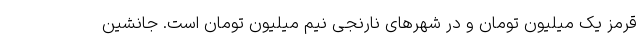
قرمز یک میلیون تومان و در شهرهای نارنجی نیم میلیون تومان است. جانشین